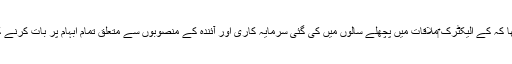
ترجمان کا کہنا تھا کہ کے الیکٹرک ‎ملاقات میں پچھلے سالوں میں کی گئی سرمایہ کاری اور آئندہ کے منصوبوں سے متعلق تمام ابہام پر بات کرنے کے لئے تیار ہے۔